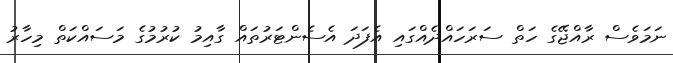
ނަމަވެސް ރާއްޖޭގެ ހަތް ސަރަހައްދެއްގައި އެފަދަ އެސެންޓަރުތައް ގާއިމު ކުރުމުގެ މަސައްކަތް މިހާރު